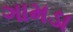
ગામડા